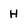
Character: H